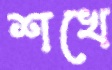
শখে